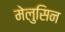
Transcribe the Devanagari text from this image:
मेलुसिन